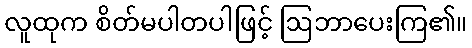
လူထုက စိတ်မပါတပါဖြင့် ဩဘာပေးကြ၏။